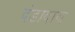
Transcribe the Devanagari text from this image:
दंडादाय